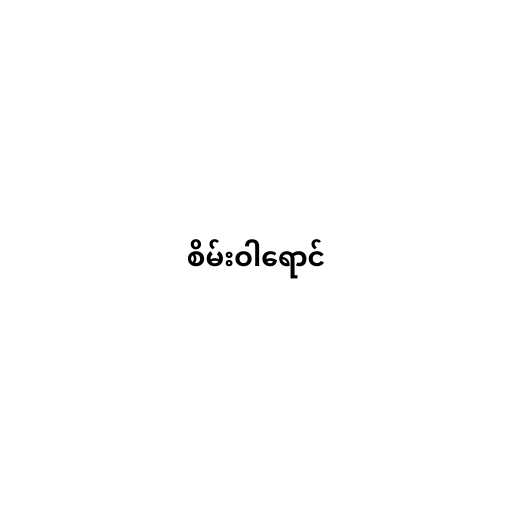
စိမ်းဝါရောင်